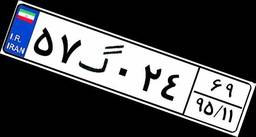
۱۰گ۷۲۸۴۴